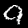
Digit: 9